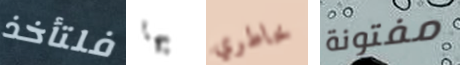
فلتأخذ بها خاطري مفتونة